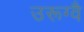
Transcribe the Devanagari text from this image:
उरूग्वै